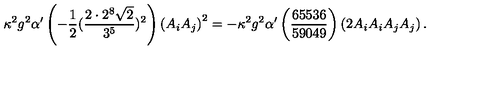
\kappa ^ { 2 } g ^ { 2 } \alpha ^ { \prime } \left( - \frac { 1 } { 2 } ( \frac { 2 \cdot 2 ^ { 8 } \sqrt { 2 } } { 3 ^ { 5 } } ) ^ { 2 } \right) \left( A _ { i } A _ { j } \right) ^ { 2 } = - \kappa ^ { 2 } g ^ { 2 } \alpha ^ { \prime } \left( \frac { 6 5 5 3 6 } { 5 9 0 4 9 } \right) \left( 2 A _ { i } A _ { i } A _ { j } A _ { j } \right) .